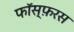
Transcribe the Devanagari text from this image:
फॉस्फ़रस